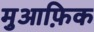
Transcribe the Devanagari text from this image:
मुआफ़िक